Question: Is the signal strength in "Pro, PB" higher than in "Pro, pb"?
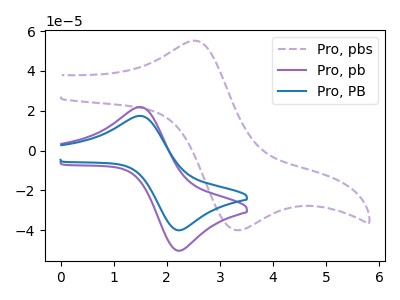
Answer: <think>The purple dashed curve "Pro, pbs" has an anodic peak at (2.50V, 55.15uA) and a cathodic peak at (3.30V, -40.00uA). The purple curve "Pro, pb" has an anodic peak at (1.50V, 21.85uA) and a cathodic peak at (2.25V, -50.35uA). The blue curve "Pro, PB" has an anodic peak at (1.50V, 17.40uA) and a cathodic peak at (2.25V, -40.05uA).
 All the peaks in "Pro, PB" have a peak in "Pro, pb" at the same potential. Every peak in "Pro, PB" is lower than every peak in "Pro, pb".</think>
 <answer>"Pro, PB" has less signal than "Pro, pb".</answer>
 <eval>less_signal</eval>